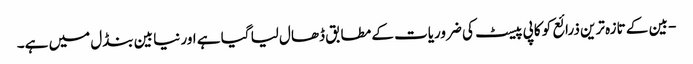
- بین کے تازہ ترین ذرائع کو کاپی پیسٹ کی ضروریات کے مطابق ڈھال لیا گیا ہے اور نیا بین بنڈل میں ہے۔